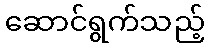
ဆောင်ရွက်သည့်